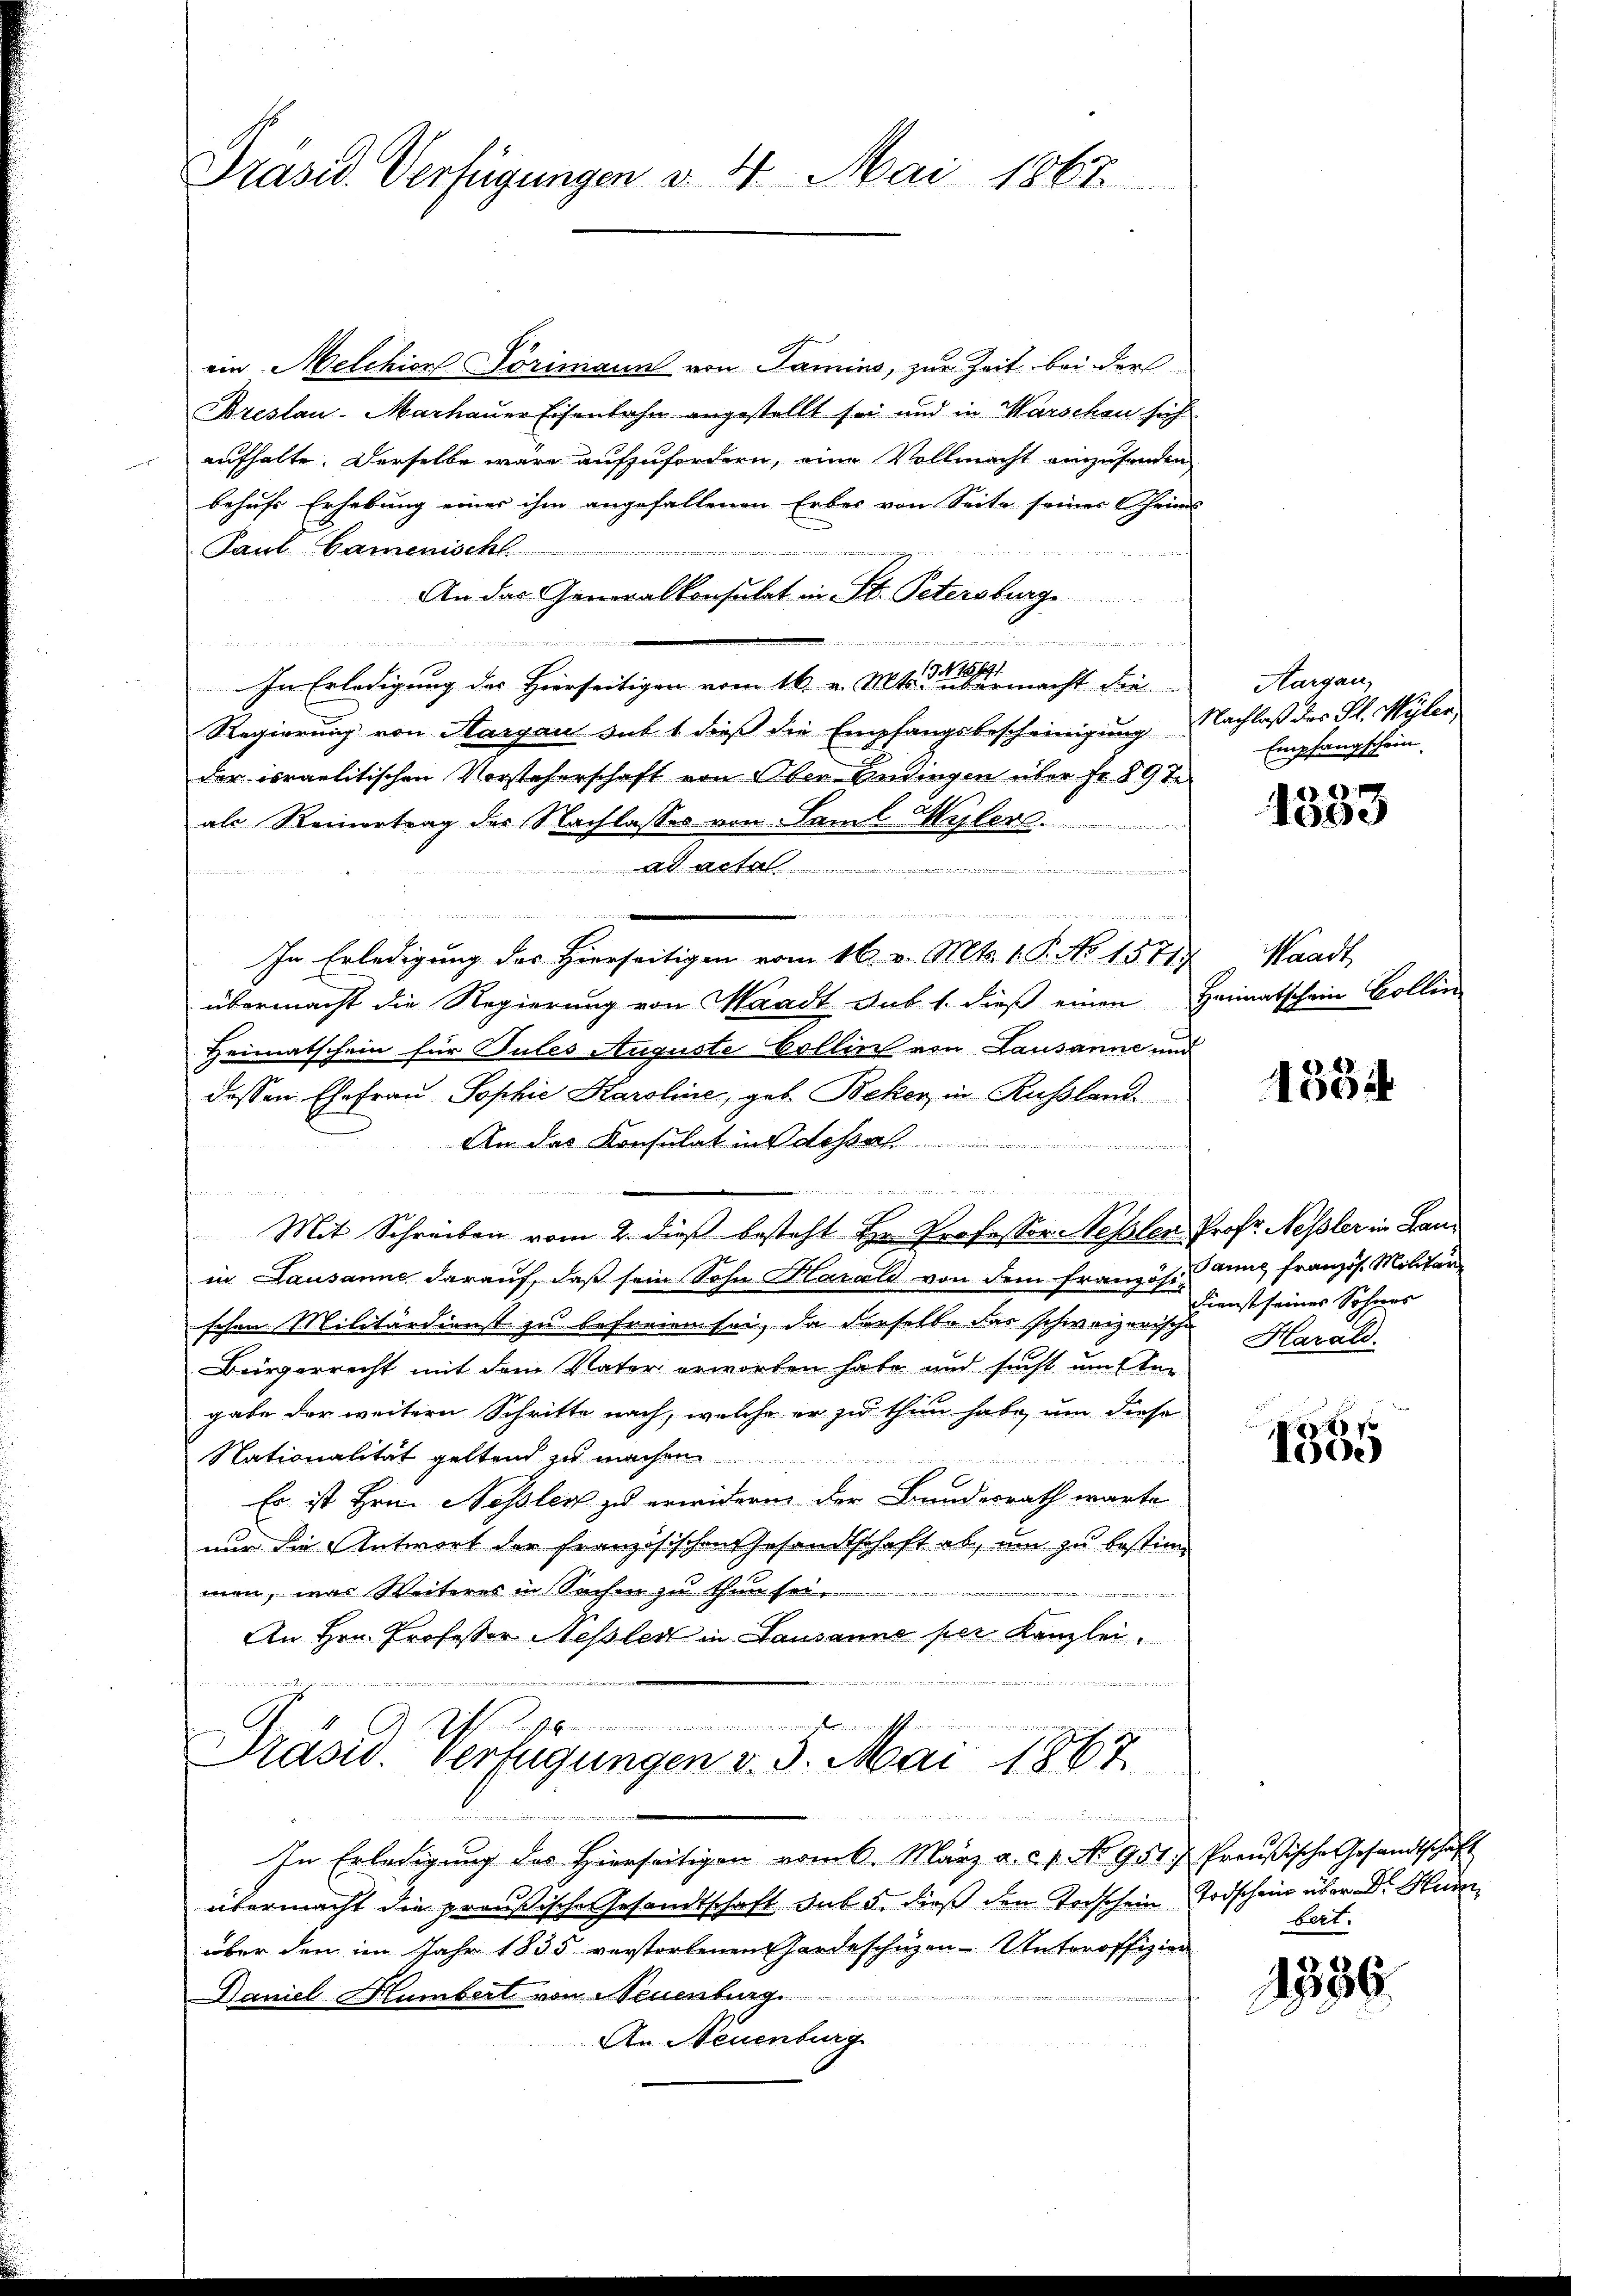
Präsid. Verfügungen v. 4. Mai 1862

ein Melchions-Pörimann von Samins, zur Zeit bei der
Breslau-Marhauer Eisenbahn angestellt sei und in Marschen sich
aufhalte. Derselbe wäre aufzufordern, eine Vollmacht einzusenden
behufs Erhebung einer ihm angefallenen Erbes von Seite seiner Oheims
Paul Camenische
An das Generalkonsulat in St. Petersburg

t
Ahf.
In Erledigung der Hierseitigen vom 16. v. Mts. er abermacht die
Regierung von Aargau sub 1 dieß die Empfangsbescheinigung Nachlaß des St. Wyler
der israelitischen Vorsteherschaft von Ober-Endingen über Fr. 89 t
als Reinertrag des Nachlasses von Saml Wylers.
A lt. ..  ..  ..
In Erledigung des Hierseitigen vom 16. v. Mts. 1. P. No 1571
übermacht die Regierung von Waadt sub 1. dieß einen Heimatschein Hollin
Heimatschein für Tules Auguste Bollin von Lausanne und
dessen Ehefrau Sophie Karoline, geb. Beker in Russland
Am das Konsulat in dessel
e
t von einer
Mit Schreiben vom 2. dieß besteht Hr. Professor Nesslen Prof. Nessler in Lanin Lausanne darauf, daß sein Sohn Marald von dem französ. Kunz französ. Militar-
schen Militärdienst zu befreien sei, da derselbe das schweizerische Harald¬
Bürgerrecht mit dem Vater erworten habe und sucht um An
gabe der weitern Schritte nach, welche er zu thun habe, um diese
Nationalität geltend zu machen.

Es ist Hrn. Nessler zu erwidern der Bundesrath warte
nur die Antwort der französischen Gesandtschaft ab, um zu bestimmen, was Weiteres in Sachen zu thun sei.
e
An Hrn. Professor Nessler in Lausanne per Kanzlei
s

a
u

Präsid. Verfügungen v. 3. Mai 1867
dnn in der es sein und und aus eine einen auch
In Erledigung des Hierseitigen vom 6. März a. c. 1. No 951.  Preußische Gesandtschaft

übermacht die preußische Gesandtschaft auf 5. dieß den Todschein Todschein über Dr. Huren
über den im Jahr 1835 verstorbenen Gardeschüzen-Unteroffizion
e
Daniel Humbert von Neuenburg.
An Neuenburg

Aargau,
Empfangschein.

1
19

Waadt,

1554

Dienst seines Sohnes

2 x
4) de

bert.

1396.